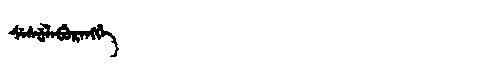
Manchu: ᠰᡝᠰᡠᠯᠠᠪᡠᡵᠠᠩᡤᡝ
Romanization: SESULABURANGGE